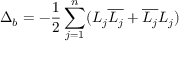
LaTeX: \Delta _ { b } = - { \frac { 1 } { 2 } } \sum _ { j = 1 } ^ { n } ( L _ { j } { \overline { { L _ { j } } } } + { \overline { { L _ { j } } } } L _ { j } )